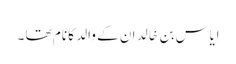
اِیَاس بن خَالِد ان کے والد کا نام تھا ۔